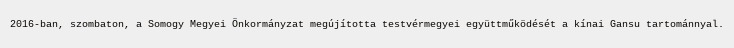
2016-ban, szombaton, a Somogy Megyei Önkormányzat megújította testvérmegyei együttműködését a kínai Gansu tartománnyal.